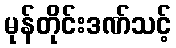
မုန်တိုင်းဒဏ်သင့်